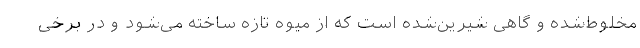
مخلوط‌شده و گاهی شیرین‌شده است که از میوه تازه ساخته می‌شود و در برخی